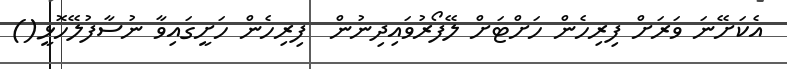
އެކަށޭނަ ވަރަށް ފިރިހެން ހަށްޓަށް ލޭފޯރުވައިދިނުން  ފިރިހެން ހަށީގައިވާ ނުސާފުލޭހޮޅީ()